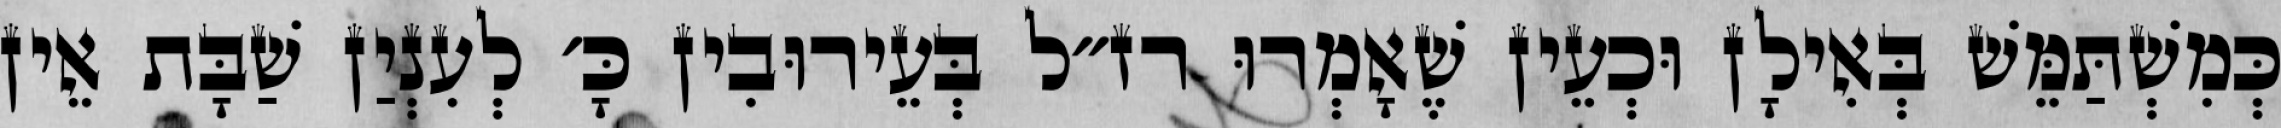
כְּמִשְׁתַּמֵּשׁ בְּאִילָן וּכְעֵין שֶׁאָמְרוּ רז״ל בְּעֵירוּבִין כָּ׳ לְעִנְיַן שַׁבָּת אֵין